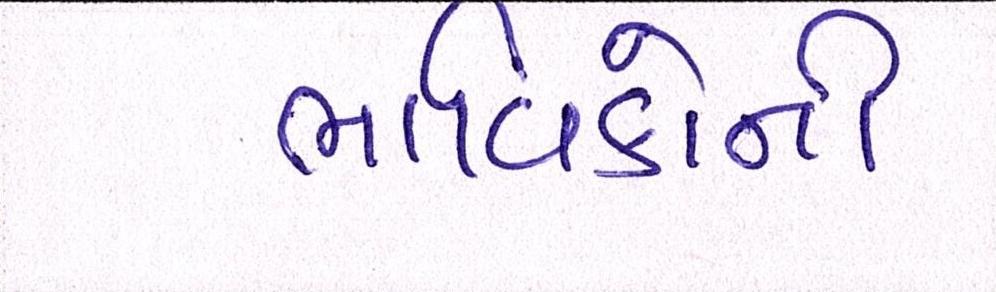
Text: ભાવિકોની